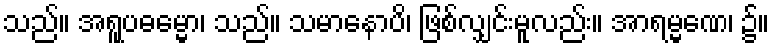
သည်။ အရူပဓမ္မော၊ သည်။ သမာနောပိ၊ ဖြစ်လျှင်းမူလည်း။ အာရမ္မဏေ၊ ၌။